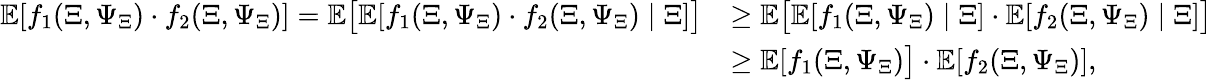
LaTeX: \begin{array}{rl}{\mathbb E[f_{1}(\Xi,\Psi_{\Xi})\cdot f_{2}(\Xi,\Psi_{\Xi})]=\mathbb E\big[\mathbb E[f_{1}(\Xi,\Psi_{\Xi})\cdot f_{2}(\Xi,\Psi_{\Xi})\mid\Xi]\big]}&{\ge\mathbb E\big[\mathbb E[f_{1}(\Xi,\Psi_{\Xi})\mid\Xi]\cdot\mathbb E[f_{2}(\Xi,\Psi_{\Xi})\mid\Xi]\big]}\\ &{\ge\mathbb E[f_{1}(\Xi,\Psi_{\Xi})\big]\cdot\mathbb E[f_{2}(\Xi,\Psi_{\Xi})],}\end{array}